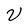
Character: V